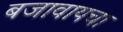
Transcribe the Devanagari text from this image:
बजावायचा